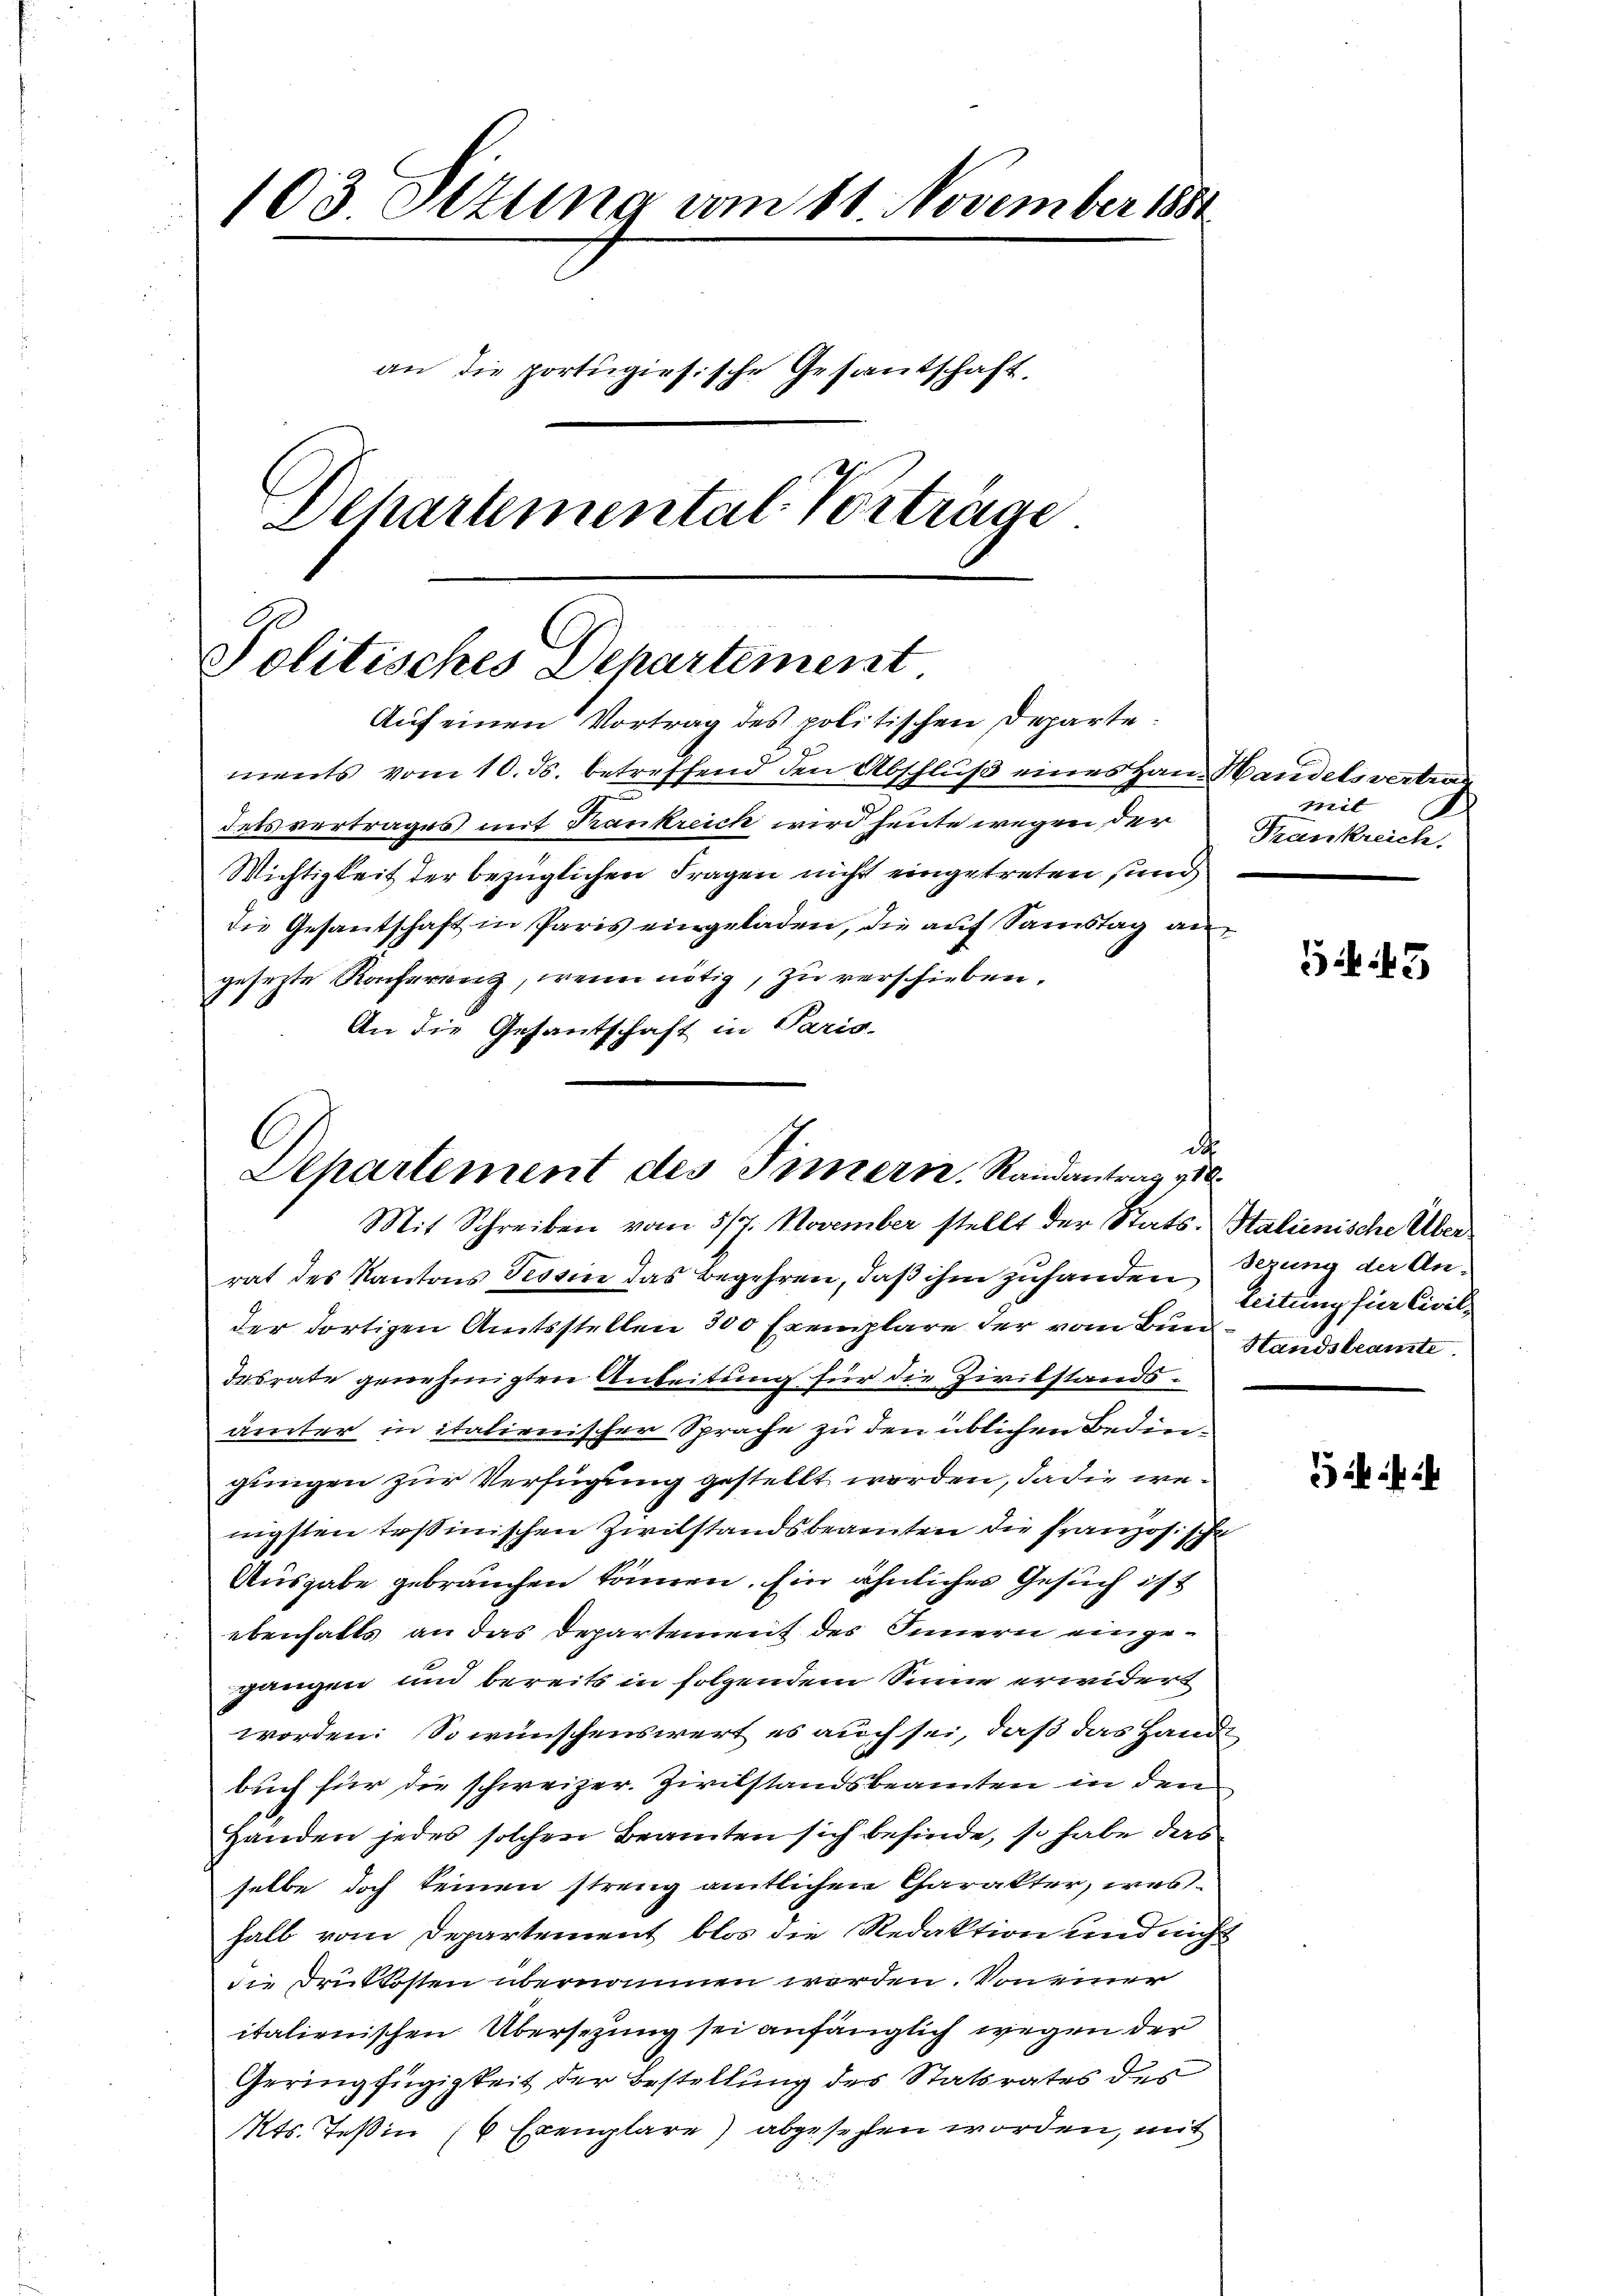
103 Sttung vom 11. November 1882
an die portugisische Gesantschaft.
Dehartemental Vorträge

Politisches Dehartement
Aŭf einen Vortrag des politischen Departe¬

ments vom 10. ds. betreffend den Abschlŭβ eines Hand Handeleiten
detsvertrages mit Krankreich wird heute wegen der
Wichtigkeit der bezüglichen Fragen nicht eingetreten sind,
die Gesantschaft in Paris eingeladen, die auf Samstag an
gesetzte Konferenz, wenn nötig, zu verschieben,
An die Gesantschaft in Paris.

C
dt
Departement des Innern. Randantrag 10
Mit Schreiben vom 5/7. November stellt der Stats-Stalienische Über¬

rat des Kantons Tessin das Begehren, daß ihm zuhanden serung der Ander dortigen Amtsstellen 300 Exemplare der vom Bund
desrate genehmigten Anbeitung für die Zivilstandsämter in italienischer Sprache zu den üblichen Bedingungen zur Verfügung gestellt worden, da die wenigsten Erstinischen Zivilstandsbeamten die Französische
Ausgabe gebrauchen können. Ein ähnliches Gesuch ist
ebenfalls an das Departement des Innern eingegangen und bereits in folgendem Sinne erwidert
worden: So wünschenswert es auch sei, daß das Hande
buch für die schweizer. Zivilstandsbeamten in den
Händen jedes solchen Beamten sich befinde, so habe das
selbe doch keinen streng amtlichen Charakter, was
halb vom Departement blos die Redaktion und nicht
die Druckkosten übernommen werden. Von einer
italienischen Übersetzung sei anfänglich wegen der
Geringfügigkeit der Bestellung des Statsrates des
Mts. Teßin (6 Exemplare) abgesehen worden, mit

Freil
Feuerkreiche

43

Leitung für Civil¬
Standsbeamte

2 f 2